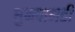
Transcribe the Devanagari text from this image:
धुम्रपानही